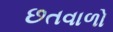
છતવાળો